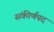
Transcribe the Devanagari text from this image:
संकीर्णपद